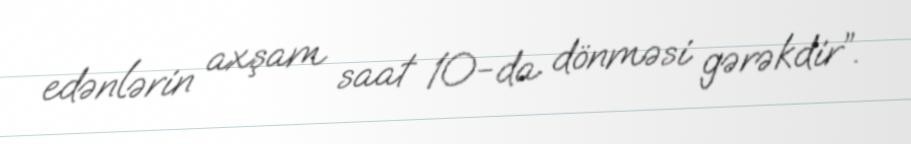
edənlərin axşam saat 10-da dönməsi gərəkdir”.